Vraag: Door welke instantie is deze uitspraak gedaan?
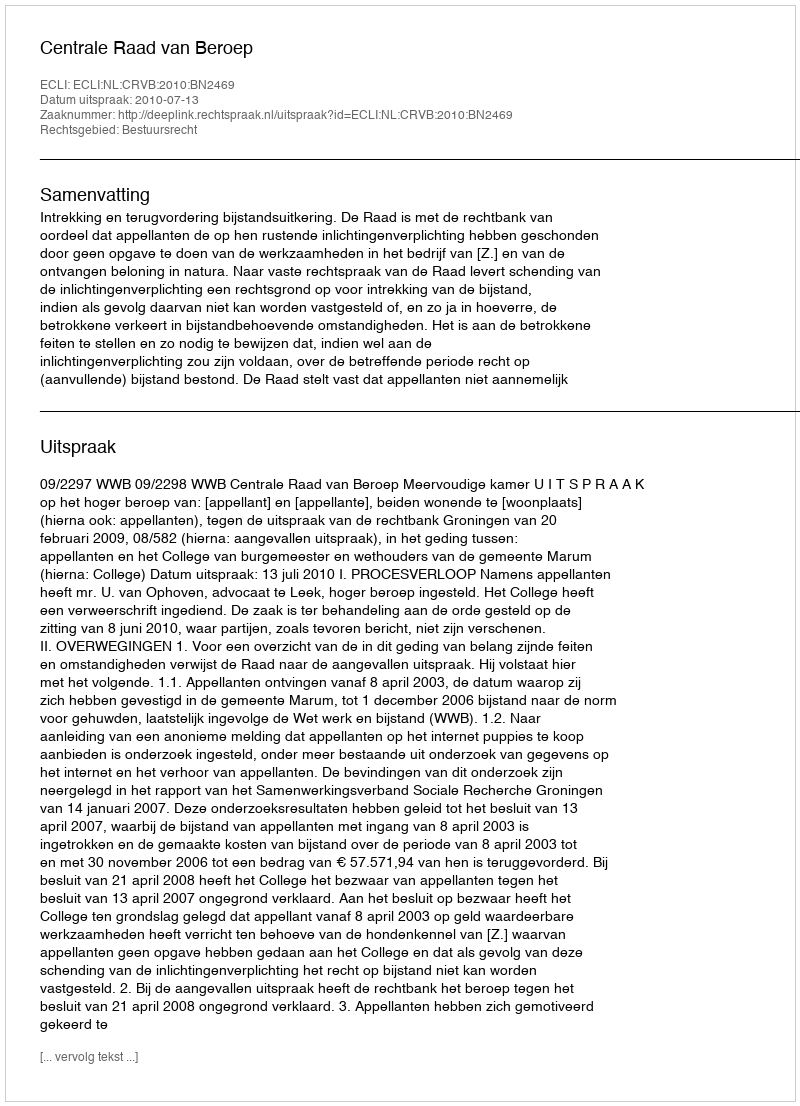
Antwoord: Centrale Raad van Beroep